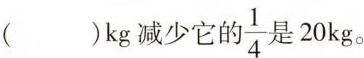
( )kg减少它的\frac{1}{4}是20kg。